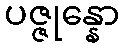
ပဇ္ဇုန္နော